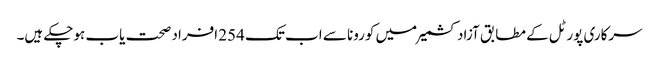
سرکاری پورٹل کے مطابق آزاد کشمیر میں کورونا سے اب تک 254 افراد صحت یاب ہوچکے ہیں۔